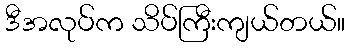
ဒီအလုပ်က သိပ်ကြီးကျယ်တယ်။